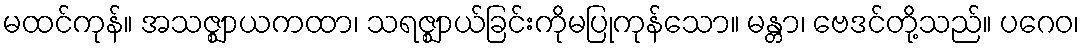
မထင်ကုန်။ အသဇ္ဈာယကထာ၊ သရဇ္ဈာယ်ခြင်းကိုမပြုကုန်သော။ မန္တာ၊ ဗေဒင်တို့သည်။ ပဂေဝ၊